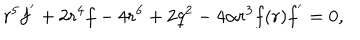
r ^ { 5 } f ^ { ^ { \prime } } + 2 r ^ { 4 } f - 4 r ^ { 6 } + 2 q ^ { 2 } - 4 \alpha r ^ { 3 } f ( r ) f ^ { ^ { \prime } } = 0 ,